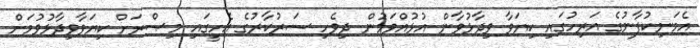
އެމަނިކުފާނުގެ އަރިހުގައި ކިޔަވާ ވިދާޅުވާން އުޅުއްވަމުން ދިވެހި ސަރުކާރުގެ އެހީގައި މިޞްރަށް ކިޔަވާވިދާޅުވުމަށް